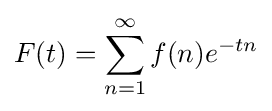
F(t)=\sum _{n=1}^{\infty }f(n)e^{-tn}